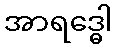
အာရဒ္ဓေါ